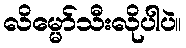
လိမ္မော်သီးလိုပါပဲ။